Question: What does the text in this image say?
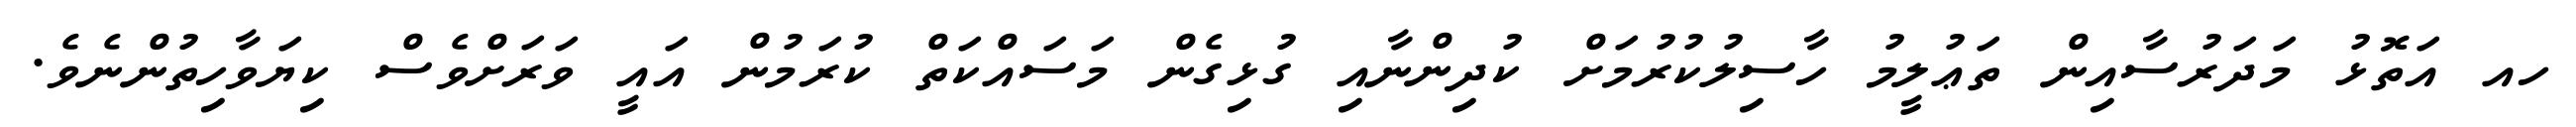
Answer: ހއ އަތޮޅު މަދަރުސާއިން ތަޢުލީމު ހާސިލުކުރުމަށް ކުދިންނާއި ގުޅިގެން މަސައްކަތް ކުރަމުން އައީ ވަރަށްވެސް ކިޔަވާހިތުންނެވެ.